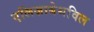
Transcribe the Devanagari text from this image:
एलिज़ाबेथविल